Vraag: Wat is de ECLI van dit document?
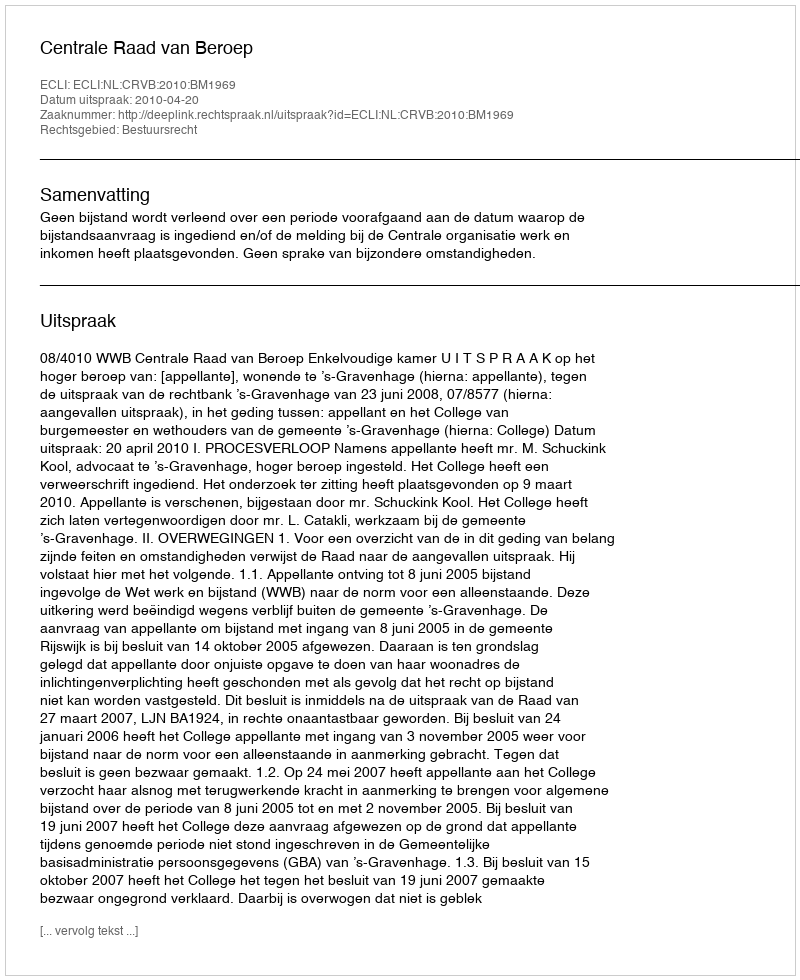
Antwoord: ECLI:NL:CRVB:2010:BM1969